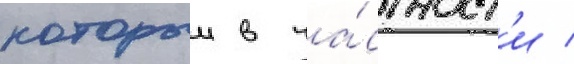
которыи в ча́стност'и /